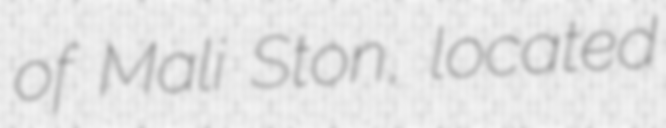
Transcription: of Mali Ston, located